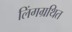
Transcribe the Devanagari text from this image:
लिंगग्रथित